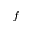
f